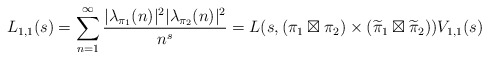
\begin{align*}L_{1,1} (s) = \sum_{n=1}^{\infty} \frac{|\lambda_{\pi_1}(n)|^2|\lambda_{\pi_2}(n)|^2}{n^s}=L(s,(\pi_1\boxtimes\pi_2) \times(\widetilde\pi_1\boxtimes\widetilde\pi_2)) V_{1,1}(s)\end{align*}